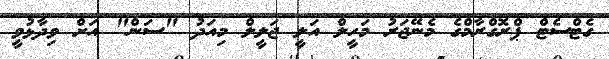
ގެޓްސެޓް ޕްރޮގްރާމްގެ މެނޭޖަރު މަހީލް އަލީ ޖަލީލް މިއަދު "ސަން" އަށް ވިދާޅުވީ